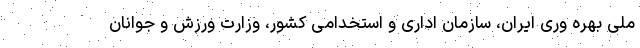
ملی بهره وری ایران، سازمان اداری و استخدامی کشور، وزارت ورزش و جوانان